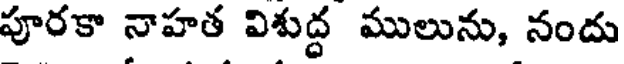
పూరకా నాహత విశుద్ధ ములును, నందు